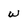
Character: W